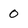
Character: 0